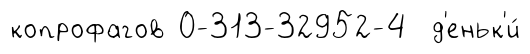
копрофагов 0-313-32952-4 д'еньк'и́